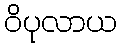
ဝိပုလာယ